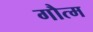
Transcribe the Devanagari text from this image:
गौत्म